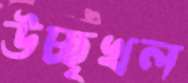
উচ্ছৃখল